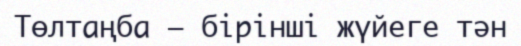
Төлтаңба — бірінші жүйеге тән